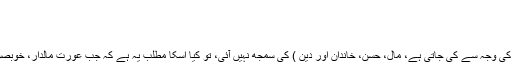
)حدیث کی شرح
تاریخ اشاعت : 20-01-2014
مشاہدات : 8771
مجھے رسول اللہ صلی اللہ علیہ وسلم کے فرمان(عورت سے شادی چار اشیاء کی وجہ سے کی جاتی ہے، مال، حسن، خاندان اور دین ) کی سمجھ نہیں آئی، تو کیا اسکا مطلب یہ ہے کہ جب عورت مالدار، خوبصورت، حسب نسب والی اور دین دار ہو تب ہی اس سے شادی کی جاسکتی ہے؟